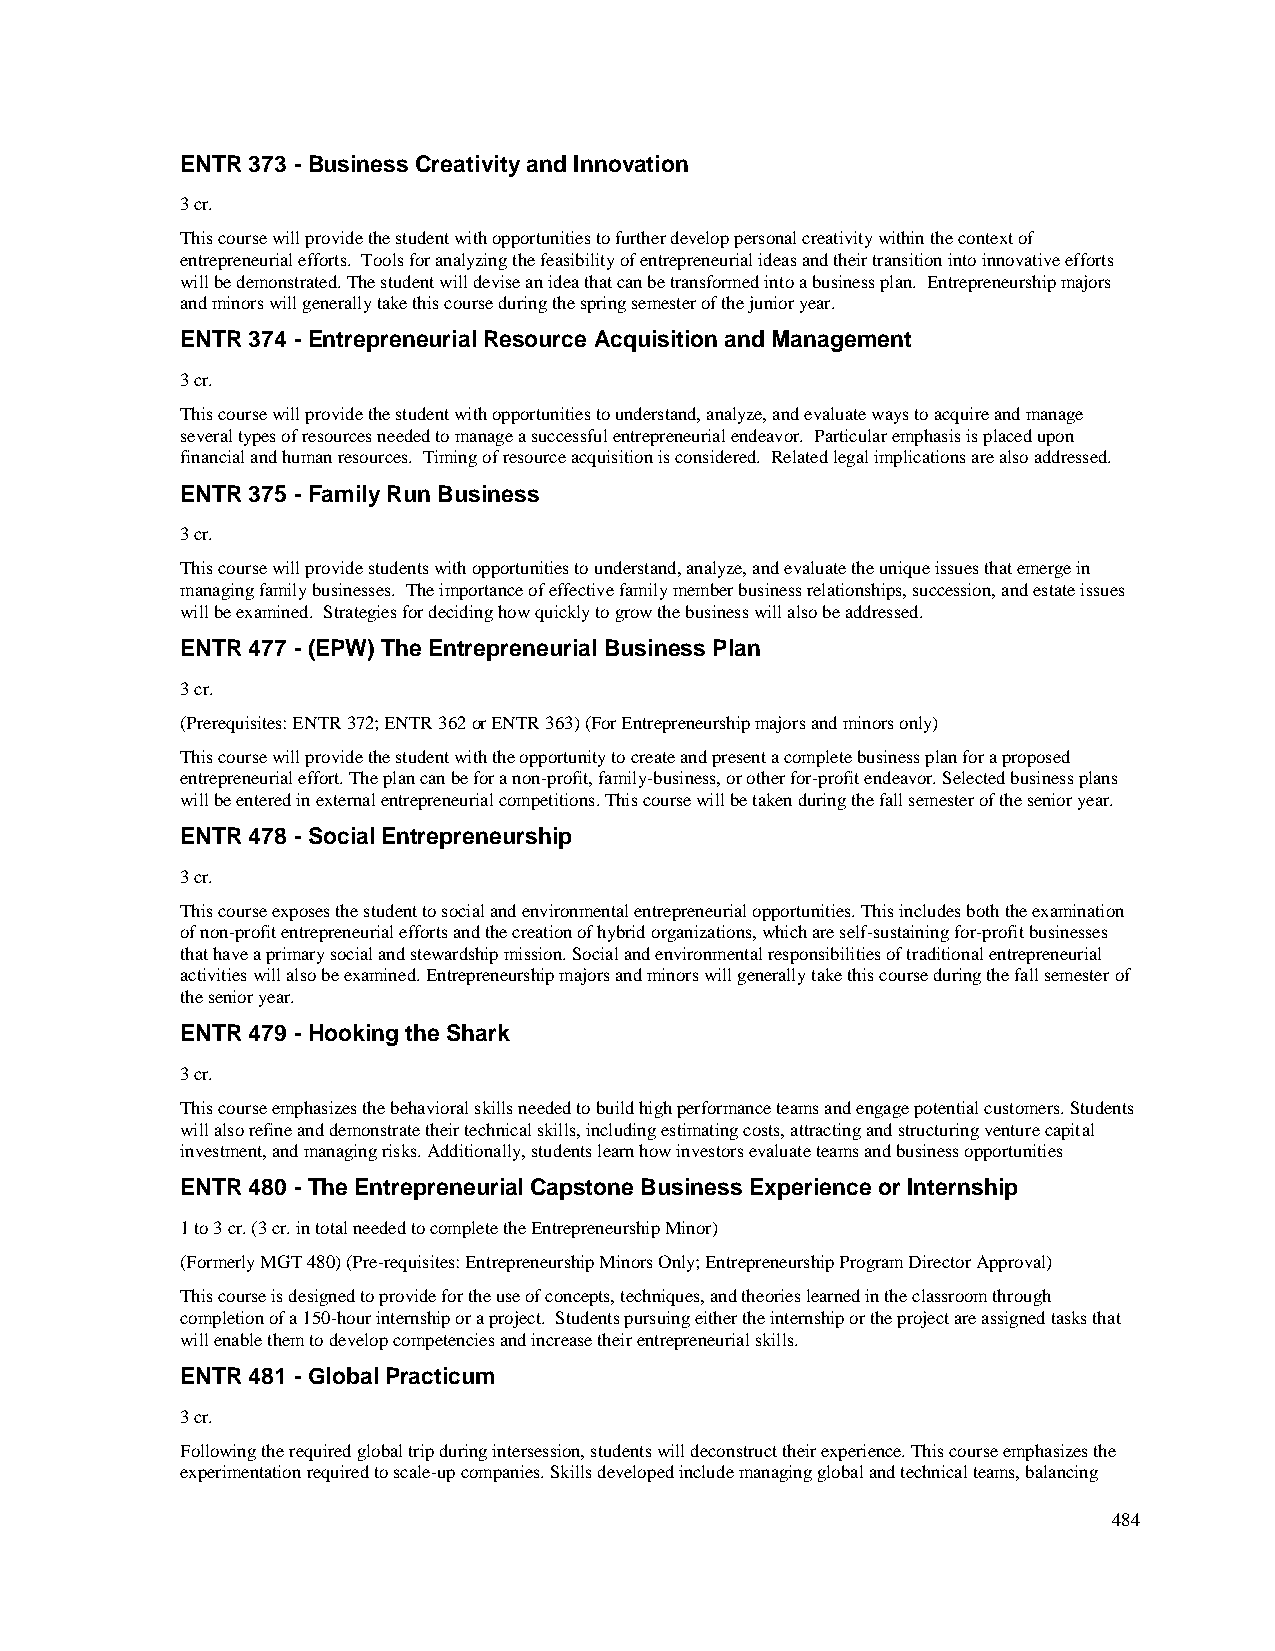
ENTR 373 - Business Creativity and Innovation
 3 cr.
 This course will provide the student with opportunities to further develop personal creativity within the context of
 entrepreneurial efforts. Tools for analyzing the feasibility of entrepreneurial ideas and their transition into innovative efforts
 will be demonstrated. The student will devise an idea that can be transformed into a business plan. Entrepreneurship majors
 and minors will generally take this course during the spring semester of the junior year.
 ENTR 374 - Entrepreneurial Resource Acquisition and Management
 3 cr.
 This course will provide the student with opportunities to understand, analyze, and evaluate ways to acquire and manage
 several types of resources needed to manage a successful entrepreneurial endeavor. Particular emphasis is placed upon
 financial and human resources. Timing of resource acquisition is considered. Related legal implications are also addressed.
 ENTR 375 - Family Run Business
 3 cr.
 This course will provide students with opportunities to understand, analyze, and evaluate the unique issues that emerge in
 managing family businesses. The importance of effective family member business relationships, succession, and estate issues
 will be examined. Strategies for deciding how quickly to grow the business will also be addressed.
 ENTR 477 - (EPW) The Entrepreneurial Business Plan
 3 cr.
 (Prerequisites: ENTR 372; ENTR 362 or ENTR 363) (For Entrepreneurship majors and minors only)
 This course will provide the student with the opportunity to create and present a complete business plan for a proposed
 entrepreneurial effort. The plan can be for a non-profit, family-business, or other for-profit endeavor. Selected business plans
 will be entered in external entrepreneurial competitions. This course will be taken during the fall semester of the senior year.
 ENTR 478 - Social Entrepreneurship
 3 cr.
 This course exposes the student to social and environmental entrepreneurial opportunities. This includes both the examination
 of non-profit entrepreneurial efforts and the creation of hybrid organizations, which are self-sustaining for-profit businesses
 that have a primary social and stewardship mission. Social and environmental responsibilities of traditional entrepreneurial
 activities will also be examined. Entrepreneurship majors and minors will generally take this course during the fall semester of
 the senior year.
 ENTR 479 - Hooking the Shark
 3 cr.
 This course emphasizes the behavioral skills needed to build high performance teams and engage potential customers. Students
 will also refine and demonstrate their technical skills, including estimating costs, attracting and structuring venture capital
 investment, and managing risks. Additionally, students learn how investors evaluate teams and business opportunities
 ENTR 480 - The Entrepreneurial Capstone Business Experience or Internship
 1 to 3 cr. (3 cr. in total needed to complete the Entrepreneurship Minor)
 (Formerly MGT 480) (Pre-requisites: Entrepreneurship Minors Only; Entrepreneurship Program Director Approval)
 This course is designed to provide for the use of concepts, techniques, and theories learned in the classroom through
 completion of a 150-hour internship or a project. Students pursuing either the internship or the project are assigned tasks that
 will enable them to develop competencies and increase their entrepreneurial skills.
 ENTR 481 - Global Practicum
 3 cr.
 Following the required global trip during intersession, students will deconstruct their experience. This course emphasizes the
 experimentation required to scale-up companies. Skills developed include managing global and technical teams, balancing
 484